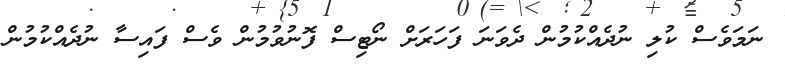
ނަމަވެސް ކުލި ނުދެއްކުމުން ދެވަނަ ފަހަރަށް ނޯޓިސް ފޮނުވުމުން ވެސް ފައިސާ ނުދެއްކުމުން